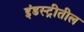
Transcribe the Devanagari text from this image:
इंडस्ट्रीतील